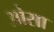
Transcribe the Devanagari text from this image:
ओसा